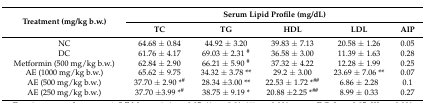
| <ROWSPAN=2> Treatment (mg/kg b.w.) | <COLSPAN=5> Serum Lipid Profile (mg/dL) |
 | TC | TG | HDL | LDL | AIP |
 | --- | --- | --- | --- | --- | --- |
 | NC | 64.68 ± 0.84 | 44.92 ± 3.20 | 39.83 ± 7.13 | 20.58 ± 1.26 | 0.05 |
 | DC | 61.76 ± 4.17 | 69.03 ± 2.31 # | 36.58 ± 3.00 | 11.39 ± 1.63 | 0.28 |
 | Metformin (500 mg/kg b.w.) | 62.84 ± 2.90 | 66.21 ± 5.90 # | 37.32 ± 4.22 | 12.28 ± 1.99 | 0.25 |
 | AE (1000 mg/kg b.w.) | 65.62 ± 9.75 | 34.32 ± 3.78 ** | 29.2 ± 3.00 | 23.69 ± 7.06 ** | 0.07 |
 | AE (500 mg/kg b.w.) | 37.70 ± 2.90 *# | 28.34 ±3.00 ** | 22.53 ± 1.72 *## | 6.86 ± 2.28 | 0.1 |
 | AE (250 mg/kg b.w.) | 37.70 ±3.99 *# | 38.75 ± 9.19 * | 20.88 ±2.25 *## | 8.99 ± 0.33 | 0.27 |